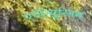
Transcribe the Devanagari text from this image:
एपीन्यूरियम